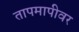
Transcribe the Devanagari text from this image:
तापमापीवर